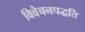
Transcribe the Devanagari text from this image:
विवेचनपद्धति